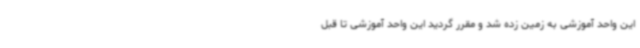
این واحد آموزشی به زمین زده شد و مقرر گردید این واحد آموزشی تا قبل